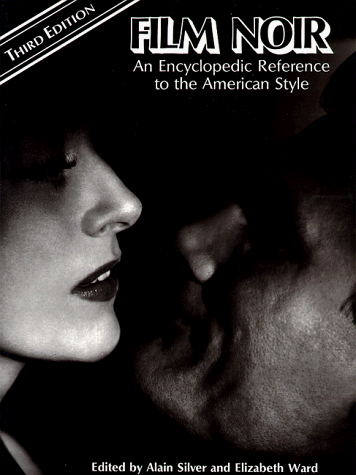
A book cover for Film Noir: An Encyclopedic Reference to the American Style, Third Edition; Humor & Entertainment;